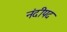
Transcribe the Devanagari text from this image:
नंदीपद